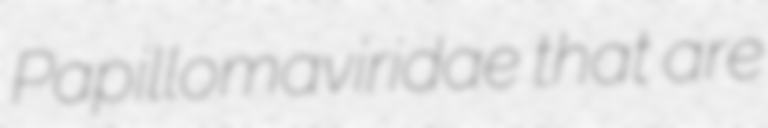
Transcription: Papillomaviridae that are